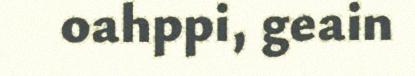
oahppi, geain